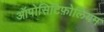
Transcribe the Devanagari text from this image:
ऑपोसिटिफ़ोलियम